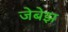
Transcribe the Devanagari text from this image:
जेबेझ